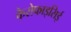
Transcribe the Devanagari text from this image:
कैरोफाइसिई